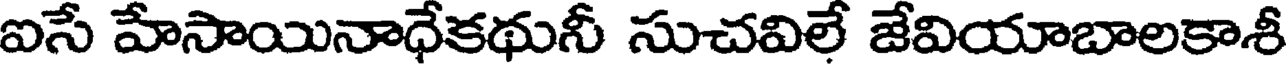
ఐసే హేసాయినాధేకథునీ సుచవిలే జేవియాబాలకాశీ